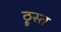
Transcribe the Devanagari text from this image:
ठ्रुस्त